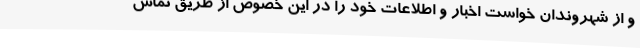
و از شهروندان خواست اخبار و اطلاعات خود را در این خصوص از طریق تماس